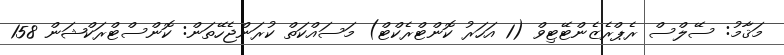
މަޤާމު: ސޭލްސް ރެޕްރެޒެންޓޭޓިވް (1 އަހަރު ކޮންޓްރެކްޓް) މަސައްކަތް ކުރަންޖެހޭތަން: ކޮންސްޓްރަކްޝަން 158